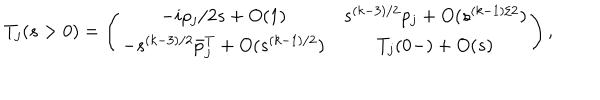
T _ { j } ( s > 0 ) = \left( \begin{array} { c c } { { - i \rho _ { j } / 2 s + O ( 1 ) } } & { { s ^ { ( k - 3 ) / 2 } p _ { j } + O ( s ^ { ( k - 1 ) / 2 } ) } } \\ { { - s ^ { ( k - 3 ) / 2 } \bar { p } _ { j } ^ { T } + O ( s ^ { ( k - 1 ) / 2 } ) } } & { { T _ { j } ( 0 - ) + O ( s ) } } \\ \end{array} \right) ,